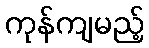
ကုန်ကျမည့်